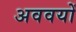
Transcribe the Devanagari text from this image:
अववयों